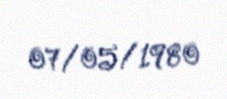
07/05/1980